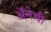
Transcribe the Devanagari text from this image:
अॅनेची